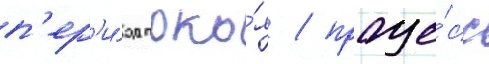
п'ер'и́од поко́я / проце́сс